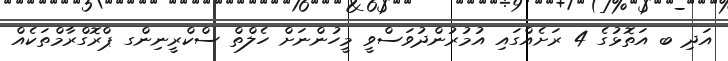
އަދި ބ އަތޮޅުގެ 4 ރަށެއްގައި އުމުރުންދުވަސްވީ މީހުންނަށް ހެލްތް ސްކްރީނިންގ ޕްރޮގްރާމްތަކެއް